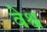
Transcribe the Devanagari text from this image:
वेश्व